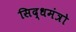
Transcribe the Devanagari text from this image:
सिद्धमंत्रो